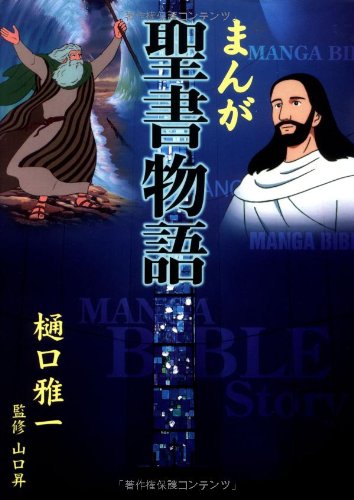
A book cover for Manga Bible Story - Japanese: Comic Book Style Bible; Comics & Graphic Novels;